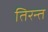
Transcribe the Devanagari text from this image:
तिरन्त